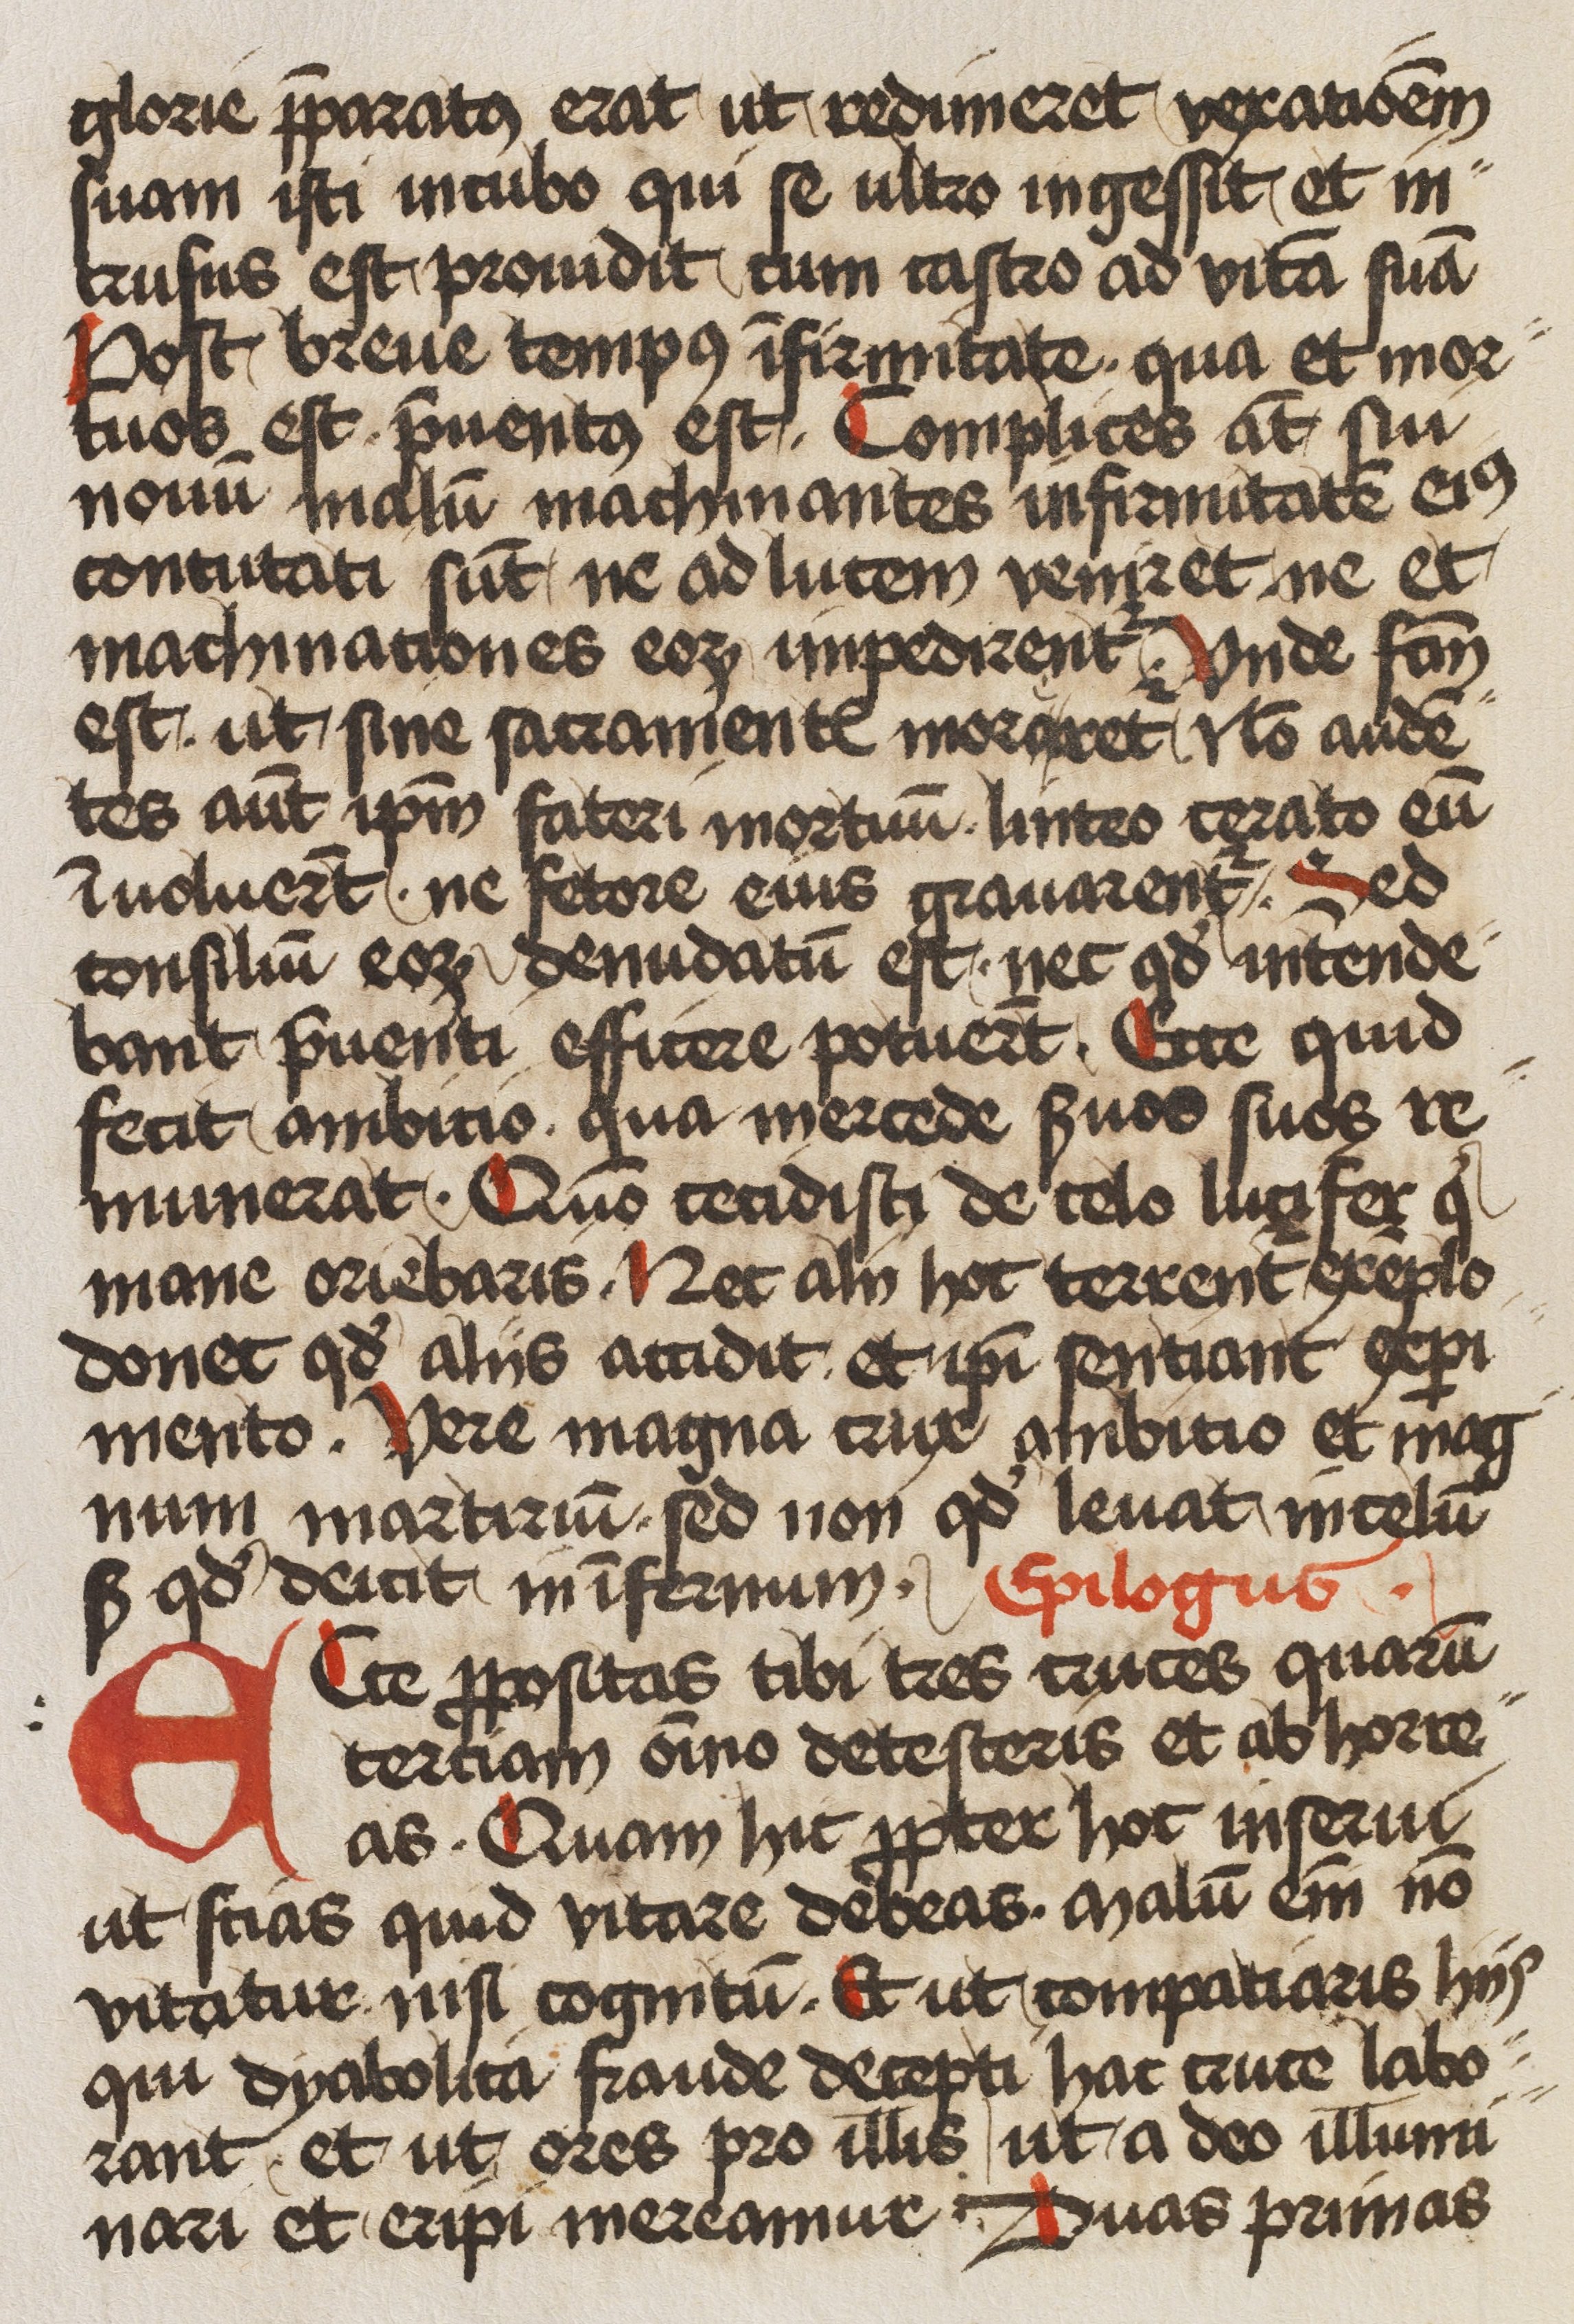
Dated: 1450–1499